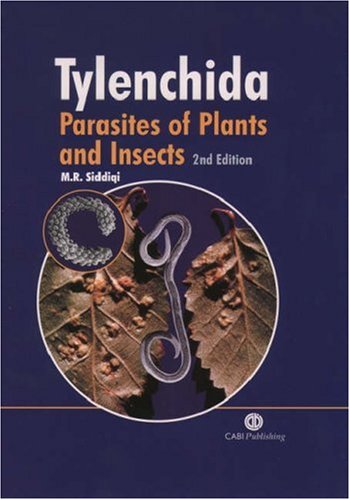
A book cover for Tylenchida: Parasites of Plants and Insects; CABI; Medical Books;